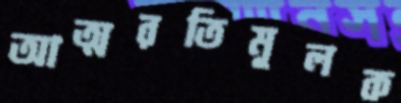
আত্মরতিমূলক